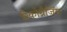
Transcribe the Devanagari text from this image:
रिकोग्नैजिंग